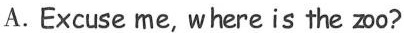
A. Excuse me, whereis the zoo?